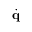
\dot { \bf q }